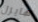
هايزل